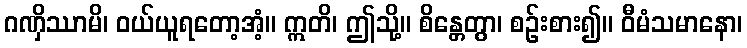
ဂဏှိဿာမိ၊ ဝယ်ယူရတော့အံ့။ ဣတိ၊ ဤသို့။ စိန္တေတွာ၊ စဉ်းစား၍။ ဝီမံသမာနော၊